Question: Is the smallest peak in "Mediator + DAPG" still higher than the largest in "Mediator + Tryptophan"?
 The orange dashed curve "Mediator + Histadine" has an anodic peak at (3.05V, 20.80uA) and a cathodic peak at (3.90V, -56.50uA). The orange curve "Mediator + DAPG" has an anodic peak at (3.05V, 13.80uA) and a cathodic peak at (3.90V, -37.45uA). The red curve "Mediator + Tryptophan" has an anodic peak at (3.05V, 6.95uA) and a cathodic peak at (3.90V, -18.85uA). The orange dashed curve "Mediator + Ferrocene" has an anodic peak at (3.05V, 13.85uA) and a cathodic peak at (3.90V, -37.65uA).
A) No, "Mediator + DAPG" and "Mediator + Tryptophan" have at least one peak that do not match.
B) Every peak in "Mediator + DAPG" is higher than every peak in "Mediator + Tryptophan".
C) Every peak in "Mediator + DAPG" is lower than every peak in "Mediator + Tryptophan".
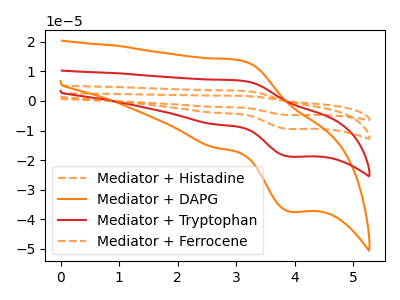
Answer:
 <answer>B) Every peak in "Mediator + DAPG" is higher than every peak in "Mediator + Tryptophan".</answer>
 <eval>B</eval>